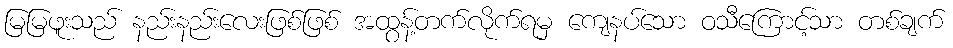
မြမြဖူးသည် နည်းနည်းလေးဖြစ်ဖြစ် အထွန့်တက်လိုက်ရမှ ကျေနပ်သော ဝသီကြောင့်သာ တစ်ချက်